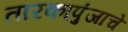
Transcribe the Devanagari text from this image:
तारकापुंजाचे